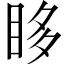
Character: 眵